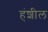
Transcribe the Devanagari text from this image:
हंशील